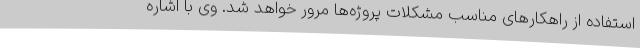
استفاده از راهکارهای مناسب مشکلات پروژه‌ها مرور خواهد شد. وی با اشاره